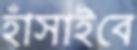
হাঁসাইবে